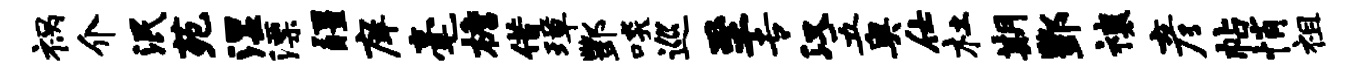
祸介泯苑湿漂疆庠毫檐借璋酆啖巡至专汉五奥仕杜期酆禳彦帖悄祖